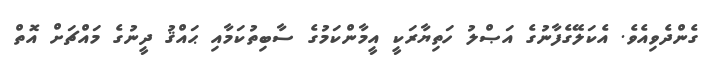
ގެންދެވިއެވެ. އެކަލޭގެފާނުގެ އަޞްލު ހަތިޔާރަކީ އީމާންކަމުގެ ސާބިތުކަމާއި ޙައްޤު ދީނުގެ މައްޗަށް އޮތް